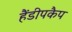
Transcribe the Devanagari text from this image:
हैंडीपकैप